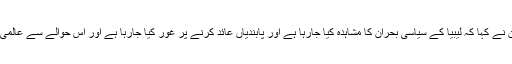
امریکی محکمہ خارجہ کے ترجمان نے کہا کہ لیبیا کے سیاسی بحران کا مشاہدہ کیا جارہا ہے اور پابندیاں عائد کرنے پر غور کیا جارہا ہے اور اس حوالے سے عالمی برادری سے بھی رابطے میں ہیں۔